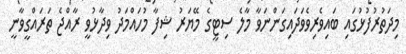
މިދަތުރުފުޅުގައި ބައިވެރިވެވަދައިގަންނަވާ މާލެ ސިޓީގެ މޭޔަރު ޝިފާ މުހައްމަދު ވިދާޅުވީ ރާއްޖެ ތަރައްގީވާނީ